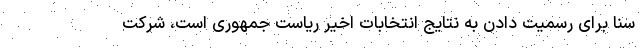
سنا برای رسمیت دادن به نتایج انتخابات اخیر ریاست جمهوری است، شرکت